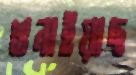
শুনাইয়াছ